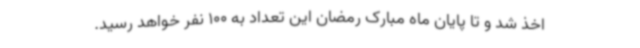
اخذ شد و تا پایان ماه مبارک رمضان این تعداد به 100 نفر خواهد رسید.